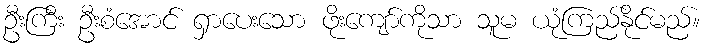
ဦးကြီး ဦးစံအောင် ရှာပေးသော ဖိုးကျော်ကိုသာ သူမ ယုံကြည်နိုင်မည်။